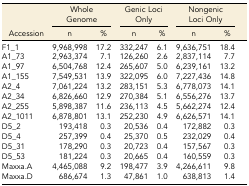
<table><thead><tr><td></td><td colspan="2"><b>Whole Genome</b></td><td colspan="2"><b>Genic Loci Only</b></td><td colspan="2"><b>Nongenic Loci Only</b></td></tr><tr><td><b>Accession</b></td><td><b>n</b></td><td><b>%</b></td><td><b>n</b></td><td><b>%</b></td><td><b>n</b></td><td><b>%</b></td></tr></thead><tbody><tr><td>F1_1</td><td>9,968,998</td><td>17.2</td><td>332,247</td><td>6.1</td><td>9,636,751</td><td>18.4</td></tr><tr><td>A1_73</td><td>2,963,374</td><td>7.1</td><td>126,260</td><td>2.6</td><td>2,837,114</td><td>7.7</td></tr><tr><td>A1_97</td><td>6,504,768</td><td>12.4</td><td>265,607</td><td>5.0</td><td>6,239,161</td><td>13.2</td></tr><tr><td>A1_155</td><td>7,549,531</td><td>13.9</td><td>322,095</td><td>6.0</td><td>7,227,436</td><td>14.8</td></tr><tr><td>A2_4</td><td>7,061,224</td><td>13.2</td><td>283,151</td><td>5.3</td><td>6,778,073</td><td>14.1</td></tr><tr><td>A2_34</td><td>6,826,660</td><td>12.9</td><td>270,384</td><td>5.1</td><td>6,556,276</td><td>13.7</td></tr><tr><td>A2_255</td><td>5,898,387</td><td>11.6</td><td>236,113</td><td>4.5</td><td>5,662,274</td><td>12.4</td></tr><tr><td>A2_1011</td><td>6,878,801</td><td>13.1</td><td>252,230</td><td>4.9</td><td>6,626,571</td><td>14.1</td></tr><tr><td>D5_2</td><td>193,418</td><td>0.3</td><td>20,536</td><td>0.4</td><td>172,882</td><td>0.3</td></tr><tr><td>D5_4</td><td>257,399</td><td>0.4</td><td>25,370</td><td>0.5</td><td>232,029</td><td>0.4</td></tr><tr><td>D5_31</td><td>178,290</td><td>0.3</td><td>20,723</td><td>0.4</td><td>157,567</td><td>0.3</td></tr><tr><td>D5_53</td><td>181,224</td><td>0.3</td><td>20,665</td><td>0.4</td><td>160,559</td><td>0.3</td></tr><tr><td>Maxxa.A</td><td>4,465,088</td><td>9.2</td><td>198,477</td><td>3.9</td><td>4,266,611</td><td>9.8</td></tr><tr><td>Maxxa.D</td><td>686,674</td><td>1.3</td><td>47,861</td><td>1.0</td><td>638,813</td><td>1.4</td></tr></tbody></table>